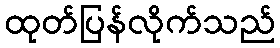
ထုတ်ပြန်လိုက်သည်